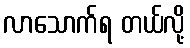
လာသောက်ရ တယ်လို့